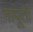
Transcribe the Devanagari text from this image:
मापूतो